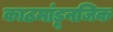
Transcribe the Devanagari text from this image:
काठमांडूनजिक